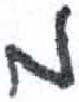
אות: מ